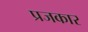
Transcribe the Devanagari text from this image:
प्रजकार